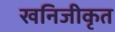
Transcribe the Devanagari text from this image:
खनिजीकृत